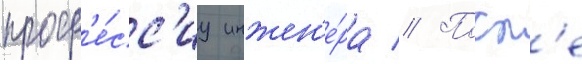
проф'е́сс'иу инжен'е́ра // Посл'е